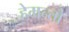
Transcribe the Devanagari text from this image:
हेमन्तो